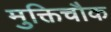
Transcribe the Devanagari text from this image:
मुक्तिचौक